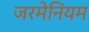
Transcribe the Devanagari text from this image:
जरमेनियम